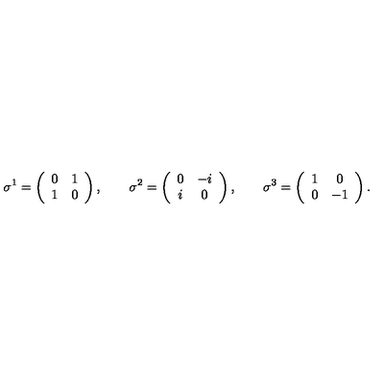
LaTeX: \sigma ^ { 1 } = \left( \begin{array} { c c } { 0 } & { 1 } \\ { 1 } & { 0 } \\ \end{array} \right) , \qquad \sigma ^ { 2 } = \left( \begin{array} { c c } { 0 } & { - i } \\ { i } & { 0 } \\ \end{array} \right) , \qquad \sigma ^ { 3 } = \left( \begin{array} { c c } { 1 } & { 0 } \\ { 0 } & { - 1 } \\ \end{array} \right) .